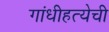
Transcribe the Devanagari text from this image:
गांधीहत्येची